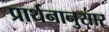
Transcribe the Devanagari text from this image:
प्रार्थनानुसार